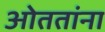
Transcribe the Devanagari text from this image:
ओततांना